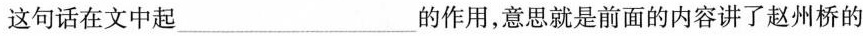
这句话在文中起___的作用，意思就是前面的内容讲了赵州桥的